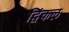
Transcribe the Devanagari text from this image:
द्विंकल